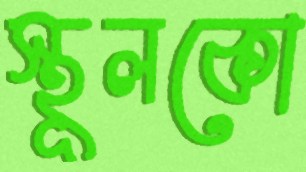
স্থূলকো